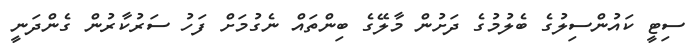
ސިޓީ ކައުންސިލުގެ ބެލުމުގެ ދަށުން މާލޭގެ ބިންތައް ނެގުމަށް ފަހު ސަރުކާރުން ގެންދަނީ